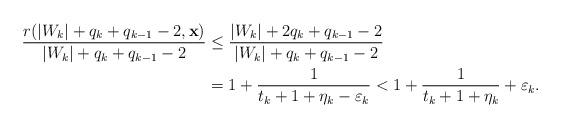
LaTeX: \begin{align*}\frac{r(|W_k|+q_k+q_{k-1}-2, {\mathbf x})}{|W_k|+q_k+q_{k-1}-2} &\le \frac{|W_k| + 2q_k + q_{k-1} -2}{|W_k|+q_k+q_{k-1}-2} \\&= 1 + \frac{1}{t_k+1 +\eta_k-\varepsilon_k} < 1 + \frac{1}{t_k+1 +\eta_k} + \varepsilon_k. \end{align*}